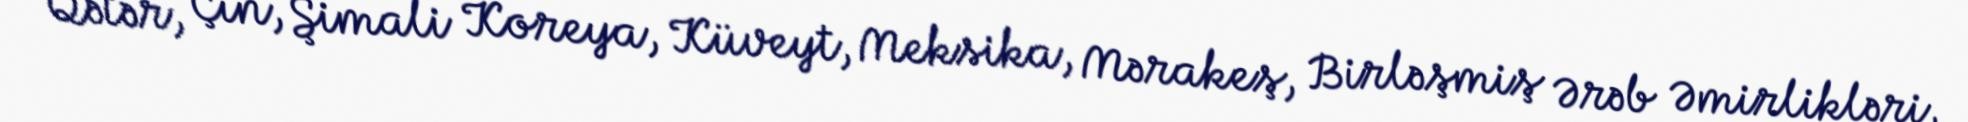
Qətər, Çin, Şimali Koreya, Küveyt, Meksika, Mərakeş, Birləşmiş Ərəb Əmirlikləri,